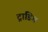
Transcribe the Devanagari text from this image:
ट्राडिग